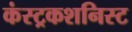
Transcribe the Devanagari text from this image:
कंस्ट्रकशनिस्ट